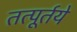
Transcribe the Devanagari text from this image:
तत्पूर्तये